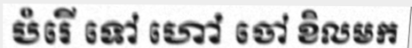
បំរើ ទៅ ហៅ ចៅ ខិលមក